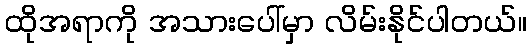
ထိုအရာကို အသားပေါ်မှာ လိမ်းနိုင်ပါတယ်။